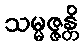
သမ္မဇ္ဇန္တိ